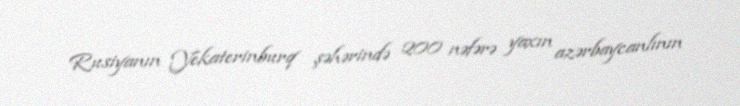
Rusiyanın Yekaterinburq şəhərində 200 nəfərə yaxın azərbaycanlının